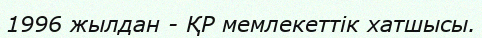
1996 жылдан - ҚР мемлекеттік хатшысы.